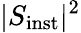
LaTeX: \vert S_{\mathrm{inst}}\vert^{2}